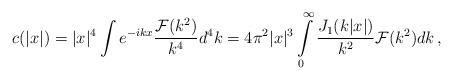
\begin{align*}c(|x|) = |x|^4 \int e^{-i k x} \frac{{\cal F}(k^2)}{k^4} d^4k = 4\pi^2 |x|^3 \int\limits_{0}^{\infty} \frac{J_1(k|x|)}{k^2}{\cal F}(k^2)dk\,,\end{align*}